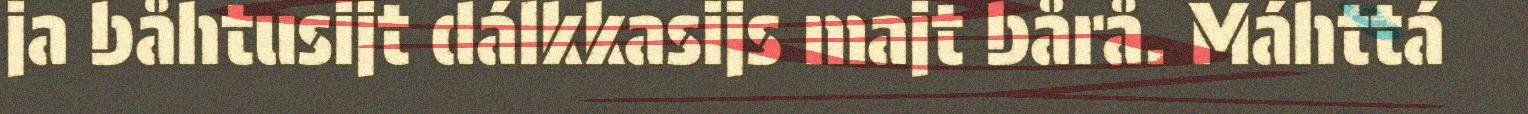
ja båhtusijt dálkkasijs majt bårå. Máhttá